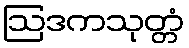
ဩဒကသုတ္တံ